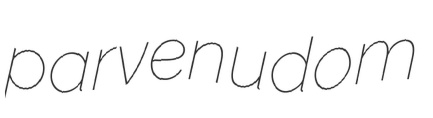
parvenudom